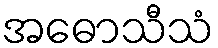
အဓောသီသံ